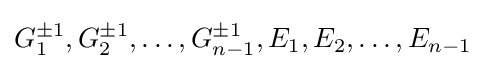
G_{1}^{\pm 1},G_{2}^{\pm 1},\dots ,G_{n-1}^{\pm 1},E_{1},E_{2},\dots ,E_{n-1}